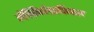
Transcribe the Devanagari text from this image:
लेक्सिकोग्राफिकल